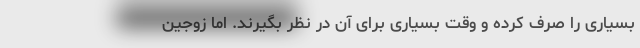
بسیاری را صرف کرده و وقت بسیاری برای آن در نظر بگیرند. اما زوجین